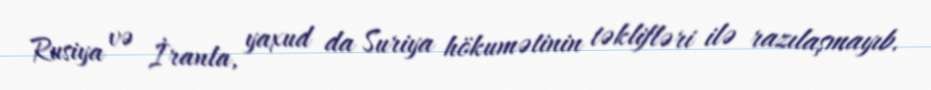
Rusiya və İranla, yaxud da Suriya hökumətinin təklifləri ilə razılaşmayıb.